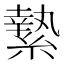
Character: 縶